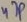
Text: 47P